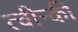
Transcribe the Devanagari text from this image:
त्वीन्की